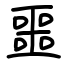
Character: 噩